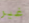
غير